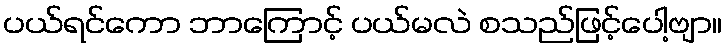
ပယ်ရင်ကော ဘာကြောင့် ပယ်မလဲ စသည်ဖြင့်ပေါ့ဗျာ။